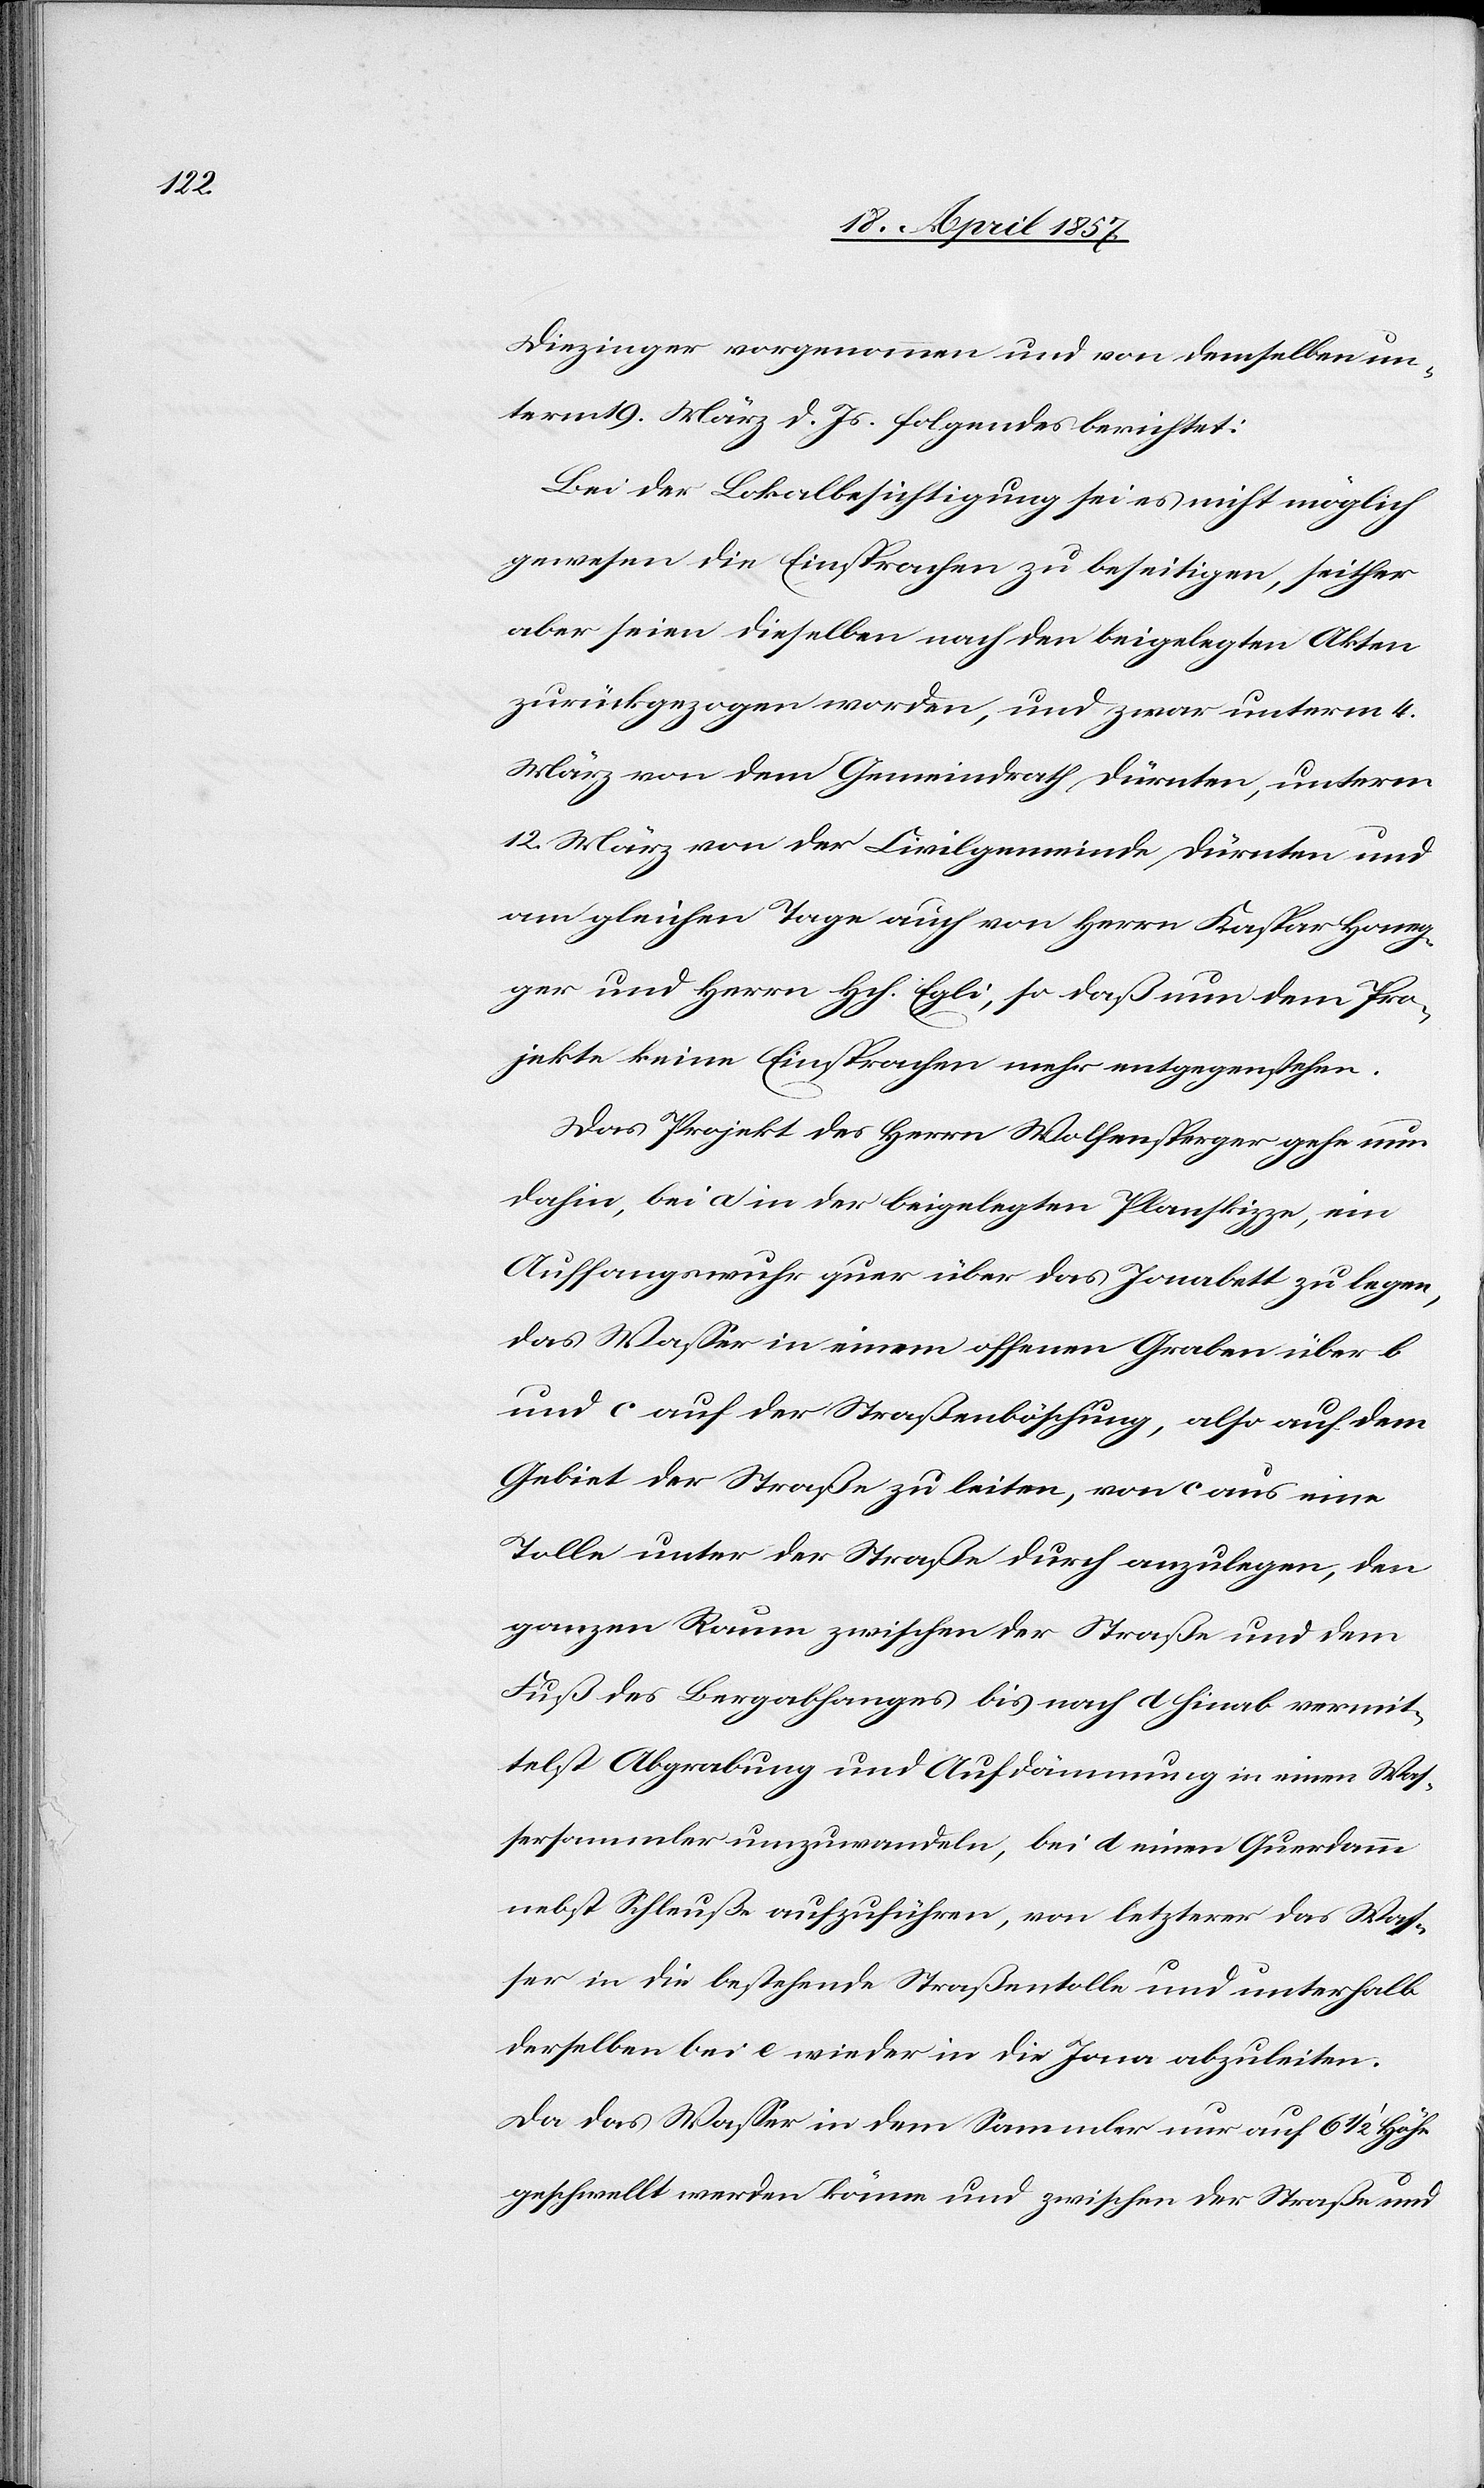
Diezinger vorgenommen und von demselben un¬
term 19. März d. Js. folgendes berichtet:
Bei der Lokalbesichtigung sei es nicht möglich
gewesen die Einsprachen zu beseitigen, seither
aber seien dieselben nach den beigelegten Akten
zurückgezogen worden, und zwar unterm 4.
März von dem Gemeindrath Dürnten, unterm
12. März von der Civilgemeinde Dürnten und
am gleichen Tage auch von Herrn Kaspar Honeg¬
ger und Herrn Hch. Egli, so daß nun dem Pro¬
jekte keine Einsprachen mehr entgegenstehen.
Das Projekt des Herrn Wolfensperger gehe nun
dahin, bei a in der beigelegten Planskizze, ein
Auffangswuhr quer über das Jonabett zu legen,
das Wasser in einem offenen Graben über b
und c auf der Straßenböschung, also auf dem
Gebiet der Straße zu leiten, von c aus eine
Tolle unter der Straße durch anzulegen, den
ganzen Raum zwischen der Straße und dem
Fuß des Bergabhanges bis nach d hinab vermit¬
telst Abgrabung und Aufdämmung in einen Was¬
sersammler umzuwandeln, bei d einen Querdamm
nebst Schleuße aufzuführen, von letzterer das Was¬
ser in die bestehende Straßentolle und unterhalb
derselben bei e wieder in die Jona abzuleiten.
Da das Wasser in dem Sammler nur auf 6 1/2' Höhe
geschwellt werden könne und zwischen der Straße und